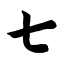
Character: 七